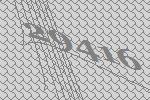
29416